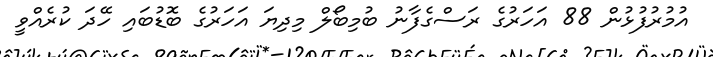
އުމުރުފުޅުން 88 އަހަރުގެ ރަސްގެފާނު ބުމިބޯލް މިދިޔަ އަހަރުގެ ބޮޑުބައި ހޭދަ ކުރެއްވީ